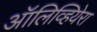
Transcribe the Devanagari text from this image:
ऑलिव्हियेरा